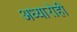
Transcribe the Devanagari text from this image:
अध्यारोही